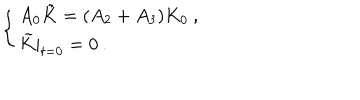
\left\{ \begin{array} { l } { { A _ { 0 } \tilde { K } = ( A _ { 2 } + A _ { 3 } ) K _ { 0 } \: , } } \\ { { \tilde { K } | _ { t = 0 } = 0 \: . } } \\ \end{array} \right.